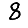
Digit: 8